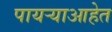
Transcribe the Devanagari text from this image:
पायऱ्याआहेत